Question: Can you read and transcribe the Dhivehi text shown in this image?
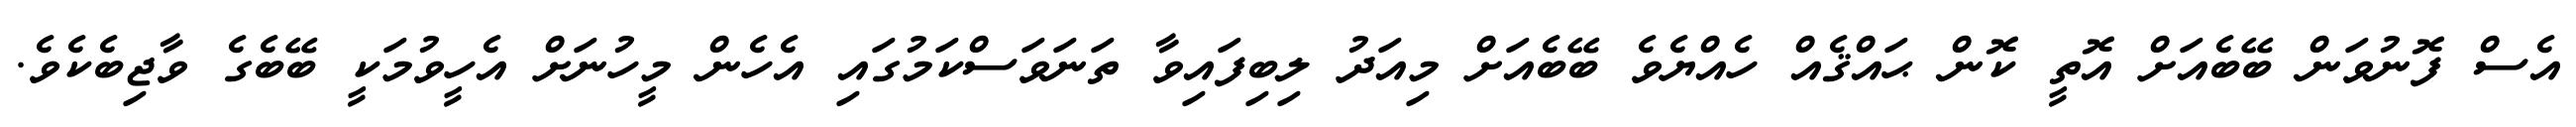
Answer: އެސް ފޮނުވަން ބޭބެއަށް އޮތީ ކޮން ޙައްޤެއް ހެއްޔެވެ ބޭބެއަށް މިއަދު ލިބިފައިވާ ތަނަވަސްކަމުގައި އެހެން މީހުނަށް އެހީވުމަކީ ބޭބެގެ ވާޖިބެކެވެ.